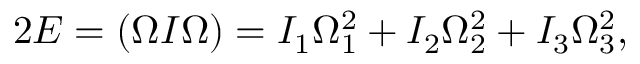
\begin{array} { r } { 2 E = ( \boldsymbol { \Omega } I \boldsymbol { \Omega } ) = I _ { 1 } \Omega _ { 1 } ^ { 2 } + I _ { 2 } \Omega _ { 2 } ^ { 2 } + I _ { 3 } \Omega _ { 3 } ^ { 2 } , } \end{array}